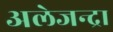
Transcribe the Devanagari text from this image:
अलेजन्द्रा